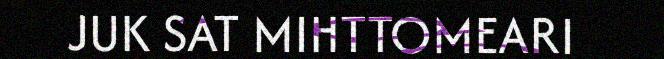
JUK SAT MIHTTOMEARI